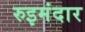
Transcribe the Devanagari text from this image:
रुइमंदार